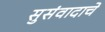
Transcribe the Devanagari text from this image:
सुसंवादाचे